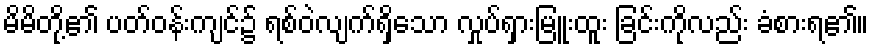
မိမိတို့၏ ပတ်ဝန်းကျင်၌ ရစ်ဝဲလျက်ရှိသော လှုပ်ရှားမြူးထူး ခြင်းကိုလည်း ခံစားရ၏။